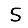
Digit: 5